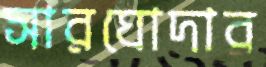
সারঘোদার